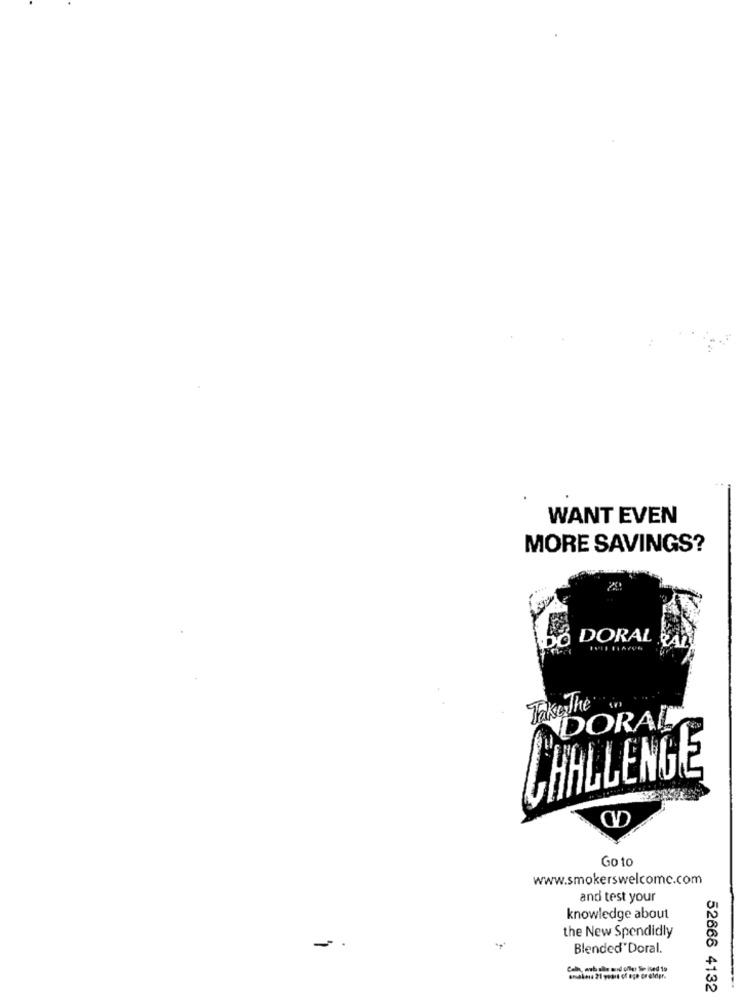
WANT EVEN
MORE SAVINGS?
DO DORAL RAL
Take The
DORAL
CHALENGE
Go to
www.smokerswelcome.com
and test your
knowledge about
the New Spendidly
Blended"Doral.
52666 4132